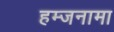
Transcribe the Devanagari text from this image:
हम्जनामा